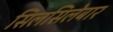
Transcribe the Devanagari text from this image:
सिलसिलेबार